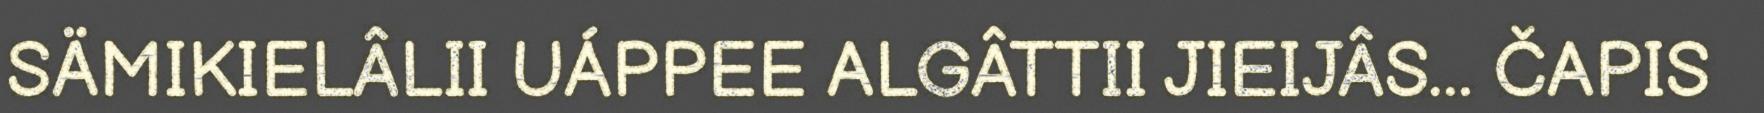
SÄMIKIELÂLII UÁPPEE ALGÂTTII JIEIJÂS... ČAPIS